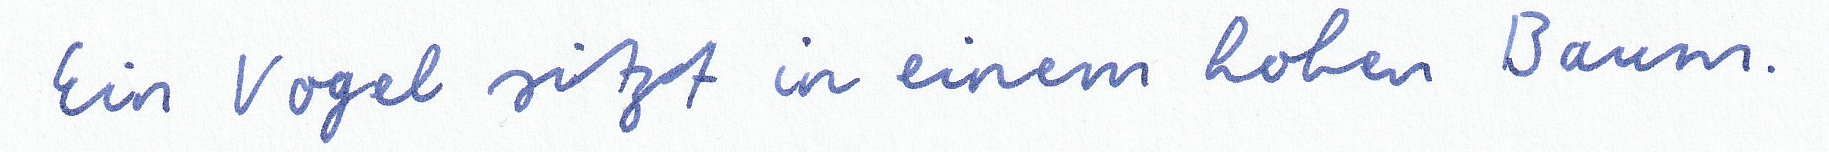
Ein Vogel sitzt in einem hohen Baum.